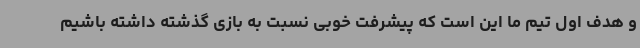
و هدف اول تیم ما این است که پیشرفت خوبی نسبت به بازی گذشته داشته باشیم